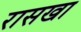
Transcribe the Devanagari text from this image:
रासखा